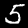
Label: 5